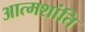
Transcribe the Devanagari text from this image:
आत्मशांति